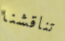
تناقشنا